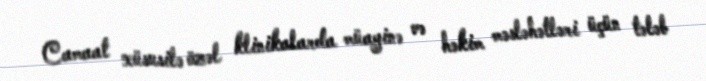
Camaat xüsusilə özəl klinikalarda müayinə və həkim məsləhətləri üçün tələb